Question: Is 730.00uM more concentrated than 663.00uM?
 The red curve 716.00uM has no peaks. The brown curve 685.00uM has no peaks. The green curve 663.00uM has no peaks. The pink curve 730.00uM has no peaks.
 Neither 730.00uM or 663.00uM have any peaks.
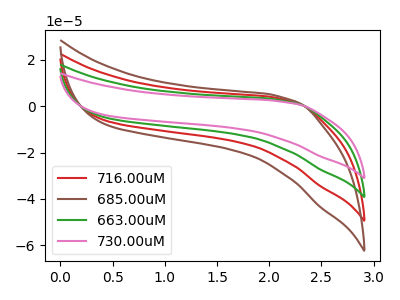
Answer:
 <answer>I cant tell if "730.00uM" or "663.00uM" has higher concentration.</answer>
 <eval>mixed_concentration</eval>